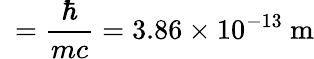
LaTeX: \ ={\frac{\hbar}{mc}}=3.86\times 10^{-13}{\mathrm{~m}}